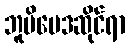
ဘူမိဗေဒဆိုင်ရာ